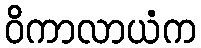
ဝိကာလာယံက